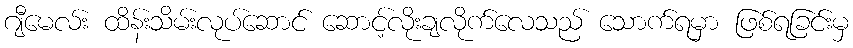
ဂျီမေလ်း ထိန်းသိမ်းလုပ်ဆောင် ဆောင့်လိုးချလိုက်လေသည် သောက်ရမှာ ဖြစ်ရခြင်းမှ